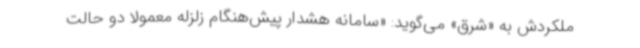
ملکردش به «شرق» می‌گوید: «سامانه هشدار پیش‌هنگام زلزله معمولا دو حالت